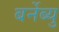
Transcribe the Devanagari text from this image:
बर्नेब्यु